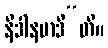
နိဒါနမာဒီ”တိ။